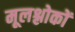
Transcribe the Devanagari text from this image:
मूलश्लोकों